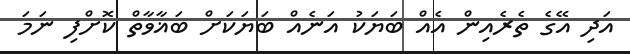
އަދި އޭގެ ތެރެއިން އެއް ބަޔަކު އަނެއް ބަޔަކަށް ބަޣާވާތް ކޮށްފި ނަމަ